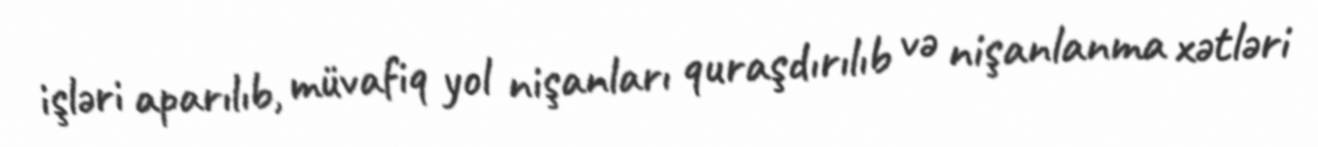
işləri aparılıb, müvafiq yol nişanları quraşdırılıb və nişanlanma xətləri